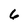
Character: 6